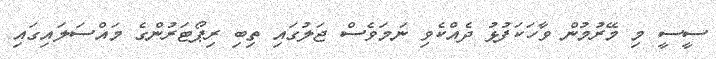
ސީސީ މި މޭރުމުން ވާހަކަފުޅު ދެއްކެވި ނަމަވެސް ޖަލުގައި ތިބި ރިޕޯޓަރުންގެ މައްސަލައިގައި